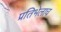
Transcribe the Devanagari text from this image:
प्रतिभेलाच